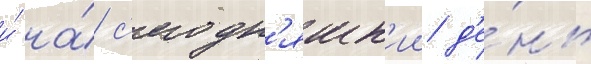
и́ на́ с'егодн'яшн'ии д'е́нь